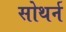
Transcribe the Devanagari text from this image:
सोथर्न